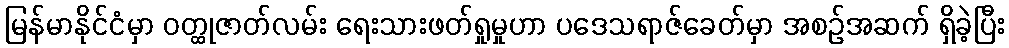
မြန်မာနိုင်ငံမှာ ဝတ္ထုဇာတ်လမ်း ရေးသားဖတ်ရှုမှုဟာ ပဒေသရာဇ်ခေတ်မှာ အစဉ်အဆက် ရှိခဲ့ပြီး